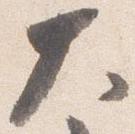
大